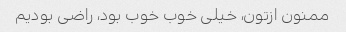
ممنون ازتون، خیلی خوب خوب بود، راضی بودیم